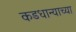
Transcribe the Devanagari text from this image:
कडधान्याच्या